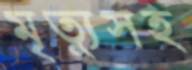
মৃত্যুসহ